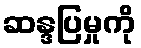
ဆန္ဒပြမှုကို